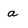
Character: a